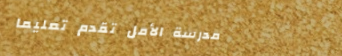
مدرسة الأمل تقدم تعليمًا